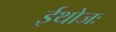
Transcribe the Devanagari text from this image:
ईथोजः